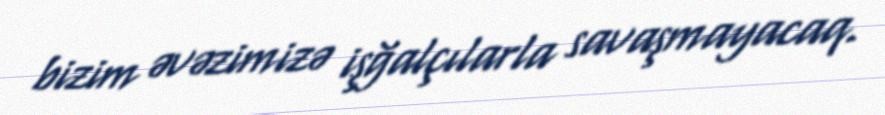
bizim əvəzimizə işğalçılarla savaşmayacaq.